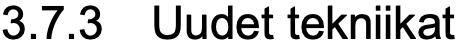
3.7.3 Uudet tekniikat